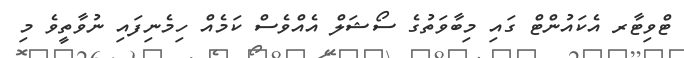
ޓްވިޓާރ އެކައުންޓް ގައި މިބާވަތުގެ ސޯޝަލް އެއްވެސް ކަމެއް ހިމެނިފައި ނުވާތީވެ މި